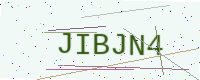
Text: JIBJN4